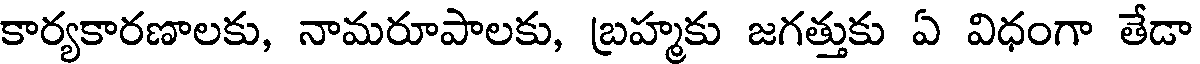
కార్యకారణాలకు, నామరూపాలకు, బ్రహ్మకు జగత్తుకు ఏ విధంగా తేడా